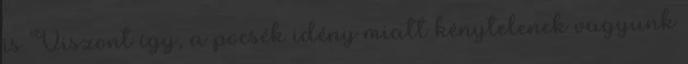
is Viszont így, a pocsék idény miatt kénytelenek vagyunk